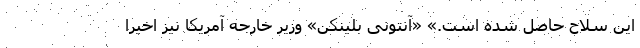
این سلاح حاصل شده است.» «آنتونی بلینکن» وزیر خارجه آمریکا نیز اخیرا